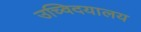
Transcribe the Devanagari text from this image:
उच्विदयालय